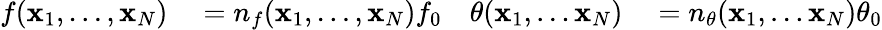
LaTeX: \begin{array}{rlrl}{f(\mathbf{x}_{1},\ldots,\mathbf{x}_{N})}&{{}=n_{f}(\mathbf{x}_{1},\ldots,\mathbf{x}_{N})f_{0}}&{\theta(\mathbf{x}_{1},\ldots{}\mathbf{x}_{N})}&{{}=n_{\theta}(\mathbf{x}_{1},\ldots{}\mathbf{x}_{N})\theta_{0}}\end{array}